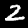
Label: 2